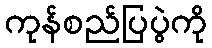
ကုန်စည်ပြပွဲကို